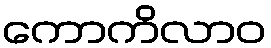
ကောကိလာဝ